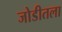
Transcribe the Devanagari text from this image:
जोडीतला